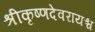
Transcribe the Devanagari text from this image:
श्रीकृष्णदेवरायश्च